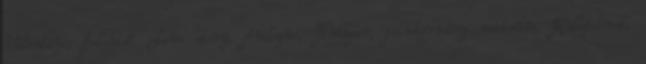
Valentino, Jelenidő, Love story, Anilogue, Tinédzser, filmtörvény módosítás, Kultfilmek,